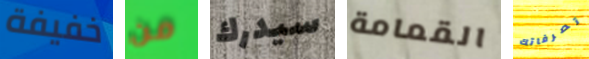
خفيفة من سيدرك القمامة تصرفاتك